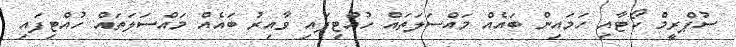
ސުޕްރީމް ކޯޓާއި ހަމައިން ބައެއް މައްސަލަތައް ހުއްޓިފައި ވާއިރު ބައެއް މައްސަލަތައް ހުއްޓިފައި